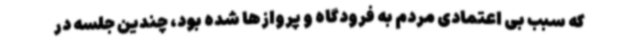
که سبب بی اعتمادی مردم به فرودگاه و پروازها شده بود، چندین جلسه در